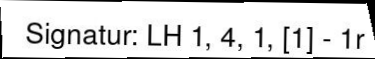
Signatur: LH 1, 4, 1, [1] - 1r